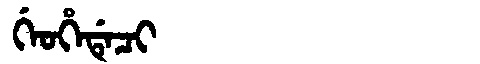
Manchu: ᡤᡝᠣᡥᡝᡩᡝᠴᡳ
Romanization: GEOHEDECI